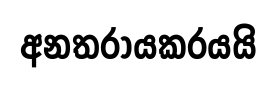
අනතරායකරයයි